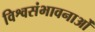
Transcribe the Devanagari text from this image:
विश्वसंभावनाओं